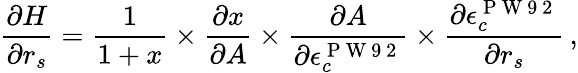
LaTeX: \frac{\partial H}{\partial r_{s}}=\frac{1}{1+x}\times\frac{\partial x}{\partial A}\times\frac{\partial A}{\partial\epsilon_{c}^{\mathrm{~P~W~9~2~}}}\times\frac{\partial\epsilon_{c}^{\mathrm{~P~W~9~2~}}}{\partial r_{s}}\, ,